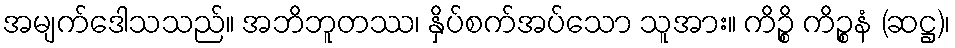
အမျက်ဒေါသသည်။ အဘိဘူတဿ၊ နှိပ်စက်အပ်သော သူအား။ ကိဉ္စိ ကိဉ္စနံ (ဆဋ္ဌ)၊